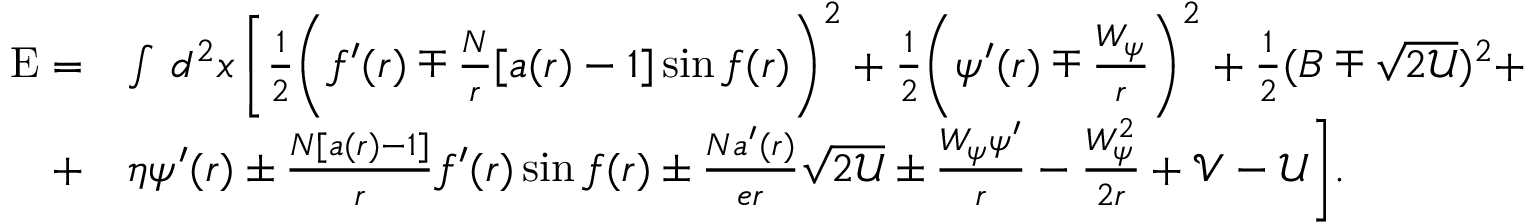
\begin{array} { r l } { \mathrm { E } = } & { \int \, d ^ { 2 } x \, \bigg [ \frac { 1 } { 2 } \bigg ( f ^ { \prime } ( r ) \mp \frac { N } { r } [ a ( r ) - 1 ] \sin f ( r ) \bigg ) ^ { 2 } + \frac { 1 } { 2 } \bigg ( \psi ^ { \prime } ( r ) \mp \frac { W _ { \psi } } { r } \bigg ) ^ { 2 } + \frac { 1 } { 2 } ( B \mp \sqrt { 2 \mathcal { U } } ) ^ { 2 } + } \\ { + } & { \eta \psi ^ { \prime } ( r ) \pm \frac { N [ a ( r ) - 1 ] } { r } f ^ { \prime } ( r ) \sin f ( r ) \pm \frac { N a ^ { \prime } ( r ) } { e r } \sqrt { 2 \mathcal { U } } \pm \frac { W _ { \psi } \psi ^ { \prime } } { r } - \frac { W _ { \psi } ^ { 2 } } { 2 r } + \mathcal { V } - \mathcal { U } \bigg ] . } \end{array}